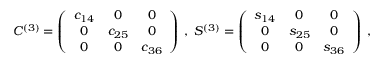
C ^ { ( 3 ) } = \left( \begin{array} { c c c } { { c _ { 1 4 } } } & { { 0 } } & { { 0 } } \\ { { 0 } } & { { c _ { 2 5 } } } & { { 0 } } \\ { { 0 } } & { { 0 } } & { { c _ { 3 6 } } } \end{array} \right) \; , \; S ^ { ( 3 ) } = \left( \begin{array} { c c c } { { s _ { 1 4 } } } & { { 0 } } & { { 0 } } \\ { { 0 } } & { { s _ { 2 5 } } } & { { 0 } } \\ { { 0 } } & { { 0 } } & { { s _ { 3 6 } } } \end{array} \right) \; ,